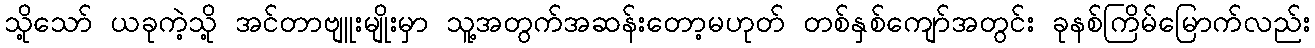
သို့သော် ယခုကဲ့သို့ အင်တာဗျူးမျိုးမှာ သူ့အတွက်အဆန်းတော့မဟုတ် တစ်နှစ်ကျော်အတွင်း ခုနစ်ကြိမ်မြောက်လည်း